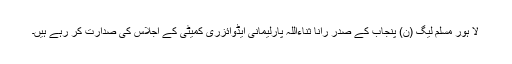
لا ہور مسلم لیگ (ن) پنجاب کے صدر رانا ثناءاللہ پارلیمانی ایڈوائزری کمیٹی کے اجلاس کی صدارت کر رہے ہیں۔